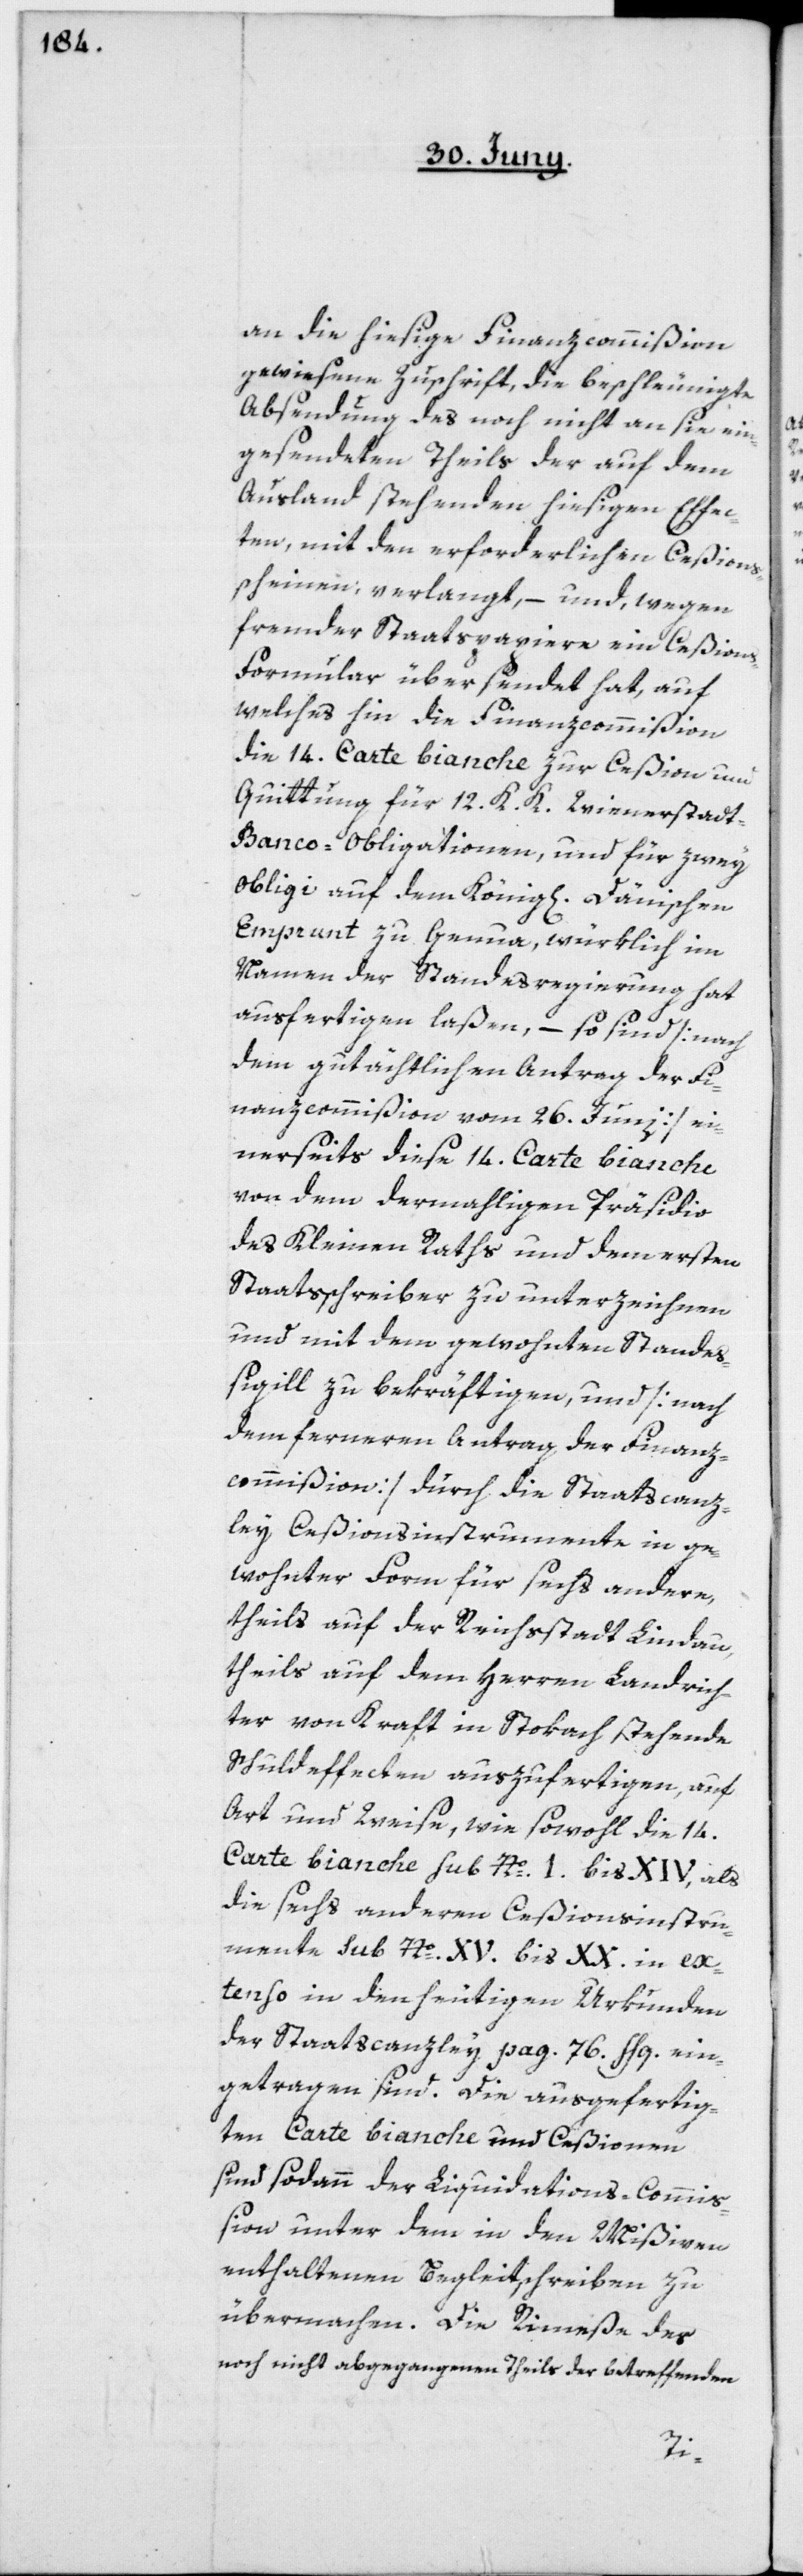
an die hiesige Finanzcommißion
gewiesene Zuschrift, die beschleunigte
Absendung des noch nicht an sie ein¬
gesendeten Theils der auf dem
Ausland stehenden hiesigen Effec¬
ten, mit den erforderlichen Ceßions¬
scheinen verlangt, – und, wegen
fremder Staatspapiere ein Ceßion¬
s-Formular übersendet hat, auf
welches hin die Finanzcommißion
die 14. Carte bianche zur Ceßion und
Quittung für 12 K. K. Wienerstadt-B¬
anco-Obligationen, und für zwey
Obligi auf dem König[lichen] Dänischen
Emprunt zu Genua, würklich im
Namen der Standesregierung hat
ausfertigen laßen, – so sind [nach
dem gutächtlichen Antrag der Fi¬
nanzcommißion vom 26. Junii], ei¬
nerseits diese 14. Carte bianche
von dem dermahligen Präsidio
des Kleinen Raths und dem ersten
Staatsschreiber zu unterzeichnen
und mit dem gewohnten Standes¬
sigill zu bekräftigen, und [nach
dem ferneren Antrag der Finanz¬
commißion] durch die Staatscanz¬
ley Ceßionsinstrumente in ge¬
wohnter Form für sechs andere,
theils auf der Reichsstadt Lindau,
theils auf dem Herren Landrich¬
ter von Kraft in Stokach stehende
Schuldeffecten auszufertigen, auf
Art und Weise, wie sowohl die 14.
Carte bianche sub Nº I bis XIV, als
die sechs anderen Ceßionsinstru¬
mente sub Nº XV. bis XX. in ex¬
tenso in den heutigen Urkunden
der Staatscanzley pag. 76 flg. ein¬
getragen sind. Die ausgefertig¬
ten Carte bianche und Ceßionen
sind sodann der Liquidations-Commiß¬
ion unter dem in den Mißiven
enthaltenen Begleitschreiben zu
übermachen. Die Rimeße des
noch nicht abgegangenen Theils der betreffenden